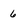
Character: 6